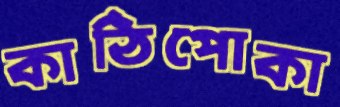
কাঠিপোকা